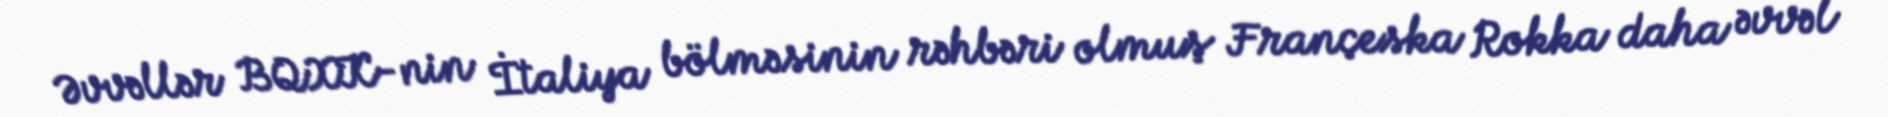
Əvvəllər BQXK-nin İtaliya bölməsinin rəhbəri olmuş Françeska Rokka daha əvvəl